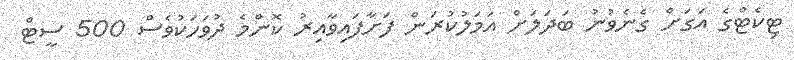
ޓިކެޓްގެ އަގަށް ގެނެވުނު ބަދަލަށް އަމަލުކުރަން ފަށާފައިވާއިރު ކޮންމެ ދުވަހަކުވެސް 500 ސީޓް